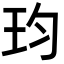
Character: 𪻎